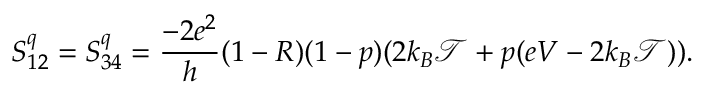
{ S _ { 1 2 } ^ { q } = S _ { 3 4 } ^ { q } = \frac { - 2 e ^ { 2 } } { h } ( 1 - R ) ( 1 - p ) ( 2 k _ { B } \mathcal { T } + p ( e V - 2 k _ { B } \mathcal { T } ) ) } .